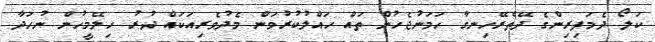
ކަލޯ ދެމަފިރިންގެ ދޭތެރޭހިނގާ ހަމަނުޖެހުން ތައް ހައްލުކުރުވަން މެދުވެރިއަކައް ދުރު ހިލޭމީހުން ނުހަދާ